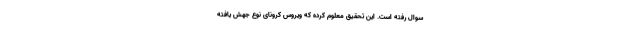
سوال رفته است. این تحقیق معلوم کرده که ویروس کرونای نوع جهش یافته